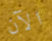
الآن